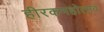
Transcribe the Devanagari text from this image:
हीरकमहोत्सव